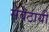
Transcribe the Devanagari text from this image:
सेवेठायी